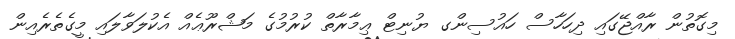
މިގޮތުން ރާއްޖޭގައި ދިހަހާސް ހައުސިންގ ޔުނިޓް ޢިމާރާތް ކުރުމުގެ މަޝްރޫޢެއް އެކުލަވާލައި މީގެތެރެއިން